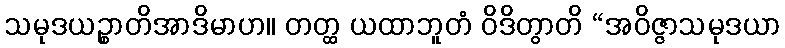
သမုဒယဉ္စာတိအာဒိမာဟ။ တတ္ထ ယထာဘူတံ ဝိဒိတွာတိ “အဝိဇ္ဇာသမုဒယာ